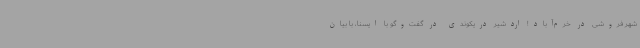
شهر فروشی در خرم‌آباد! اردشیر دریکوندی در گفت‌وگو با ایسنا، با بیان